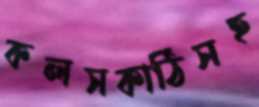
কলসকাঠিসহ